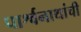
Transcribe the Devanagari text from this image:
पार्श्वनाथांची